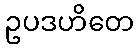
ဥပဒဟိတေ